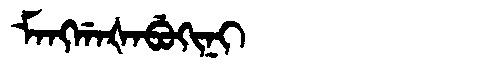
Manchu: ᠮᠠᠩᡤᠠᡧᠠᠪᡠᡴᡳᠨᡳ
Romanization: MANGGAŠABUKINI